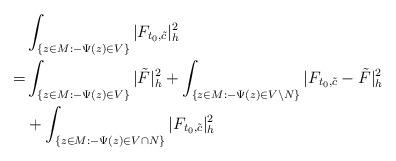
LaTeX: \begin{align*}&\int_{ \{z\in M:-\Psi(z)\in V\}}|F_{t_0,\tilde{c}}|^2_h\\= & \int_{\{z\in M:-\Psi(z)\in V\}}|\tilde F|^2_h+\int_{\{z\in M:-\Psi(z)\in V\backslash N\}}|F_{t_0,\tilde{c}}-\tilde F|^2_h\\&+\int_{ \{z\in M: -\Psi(z)\in V\cap N\}}|F_{t_0,\tilde{c}}|^2_h\end{align*}